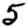
Digit: 5